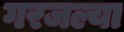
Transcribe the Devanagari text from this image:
गरजल्या